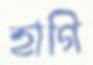
হাগি